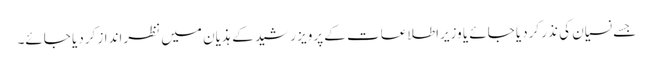
جسے نسیان کی نذر کردیا جائے یا وزیراطلاعات کے پرویز رشید کے ہذیان میں نظرانداز کردیا جائے۔